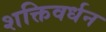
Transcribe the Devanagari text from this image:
शक्तिवर्धन